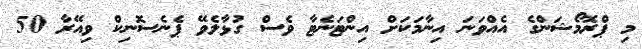
މި ޕްރޮމޯޝަންގެ އެއްވަނަ އިނާމަކަށް އިންޓަނެޓާ ވެސް ގުޅާލެވޭ ޕެނެސޮނިކް ވިއޭރާ 50